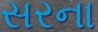
સરના